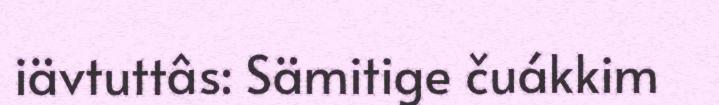
iävtuttâs: Sämitige čuákkim